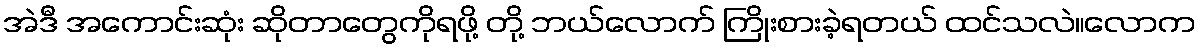
အဲဒီ အကောင်းဆုံး ဆိုတာတွေကိုရဖို့ တို့ ဘယ်လောက် ကြိုးစားခဲ့ရတယ် ထင်သလဲ။လောက